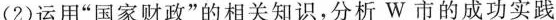
（2)运用”国家财政”的相关知识，分析W市的成功实践